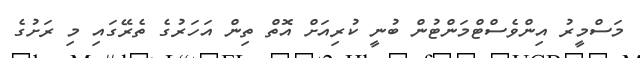
މަސްމީރު އިންވެސްޓްމަންޓުން ބުނީ ކުރިއަށް އޮތް ތިން އަހަރުގެ ތެރޭގައި މި ރަށުގެ